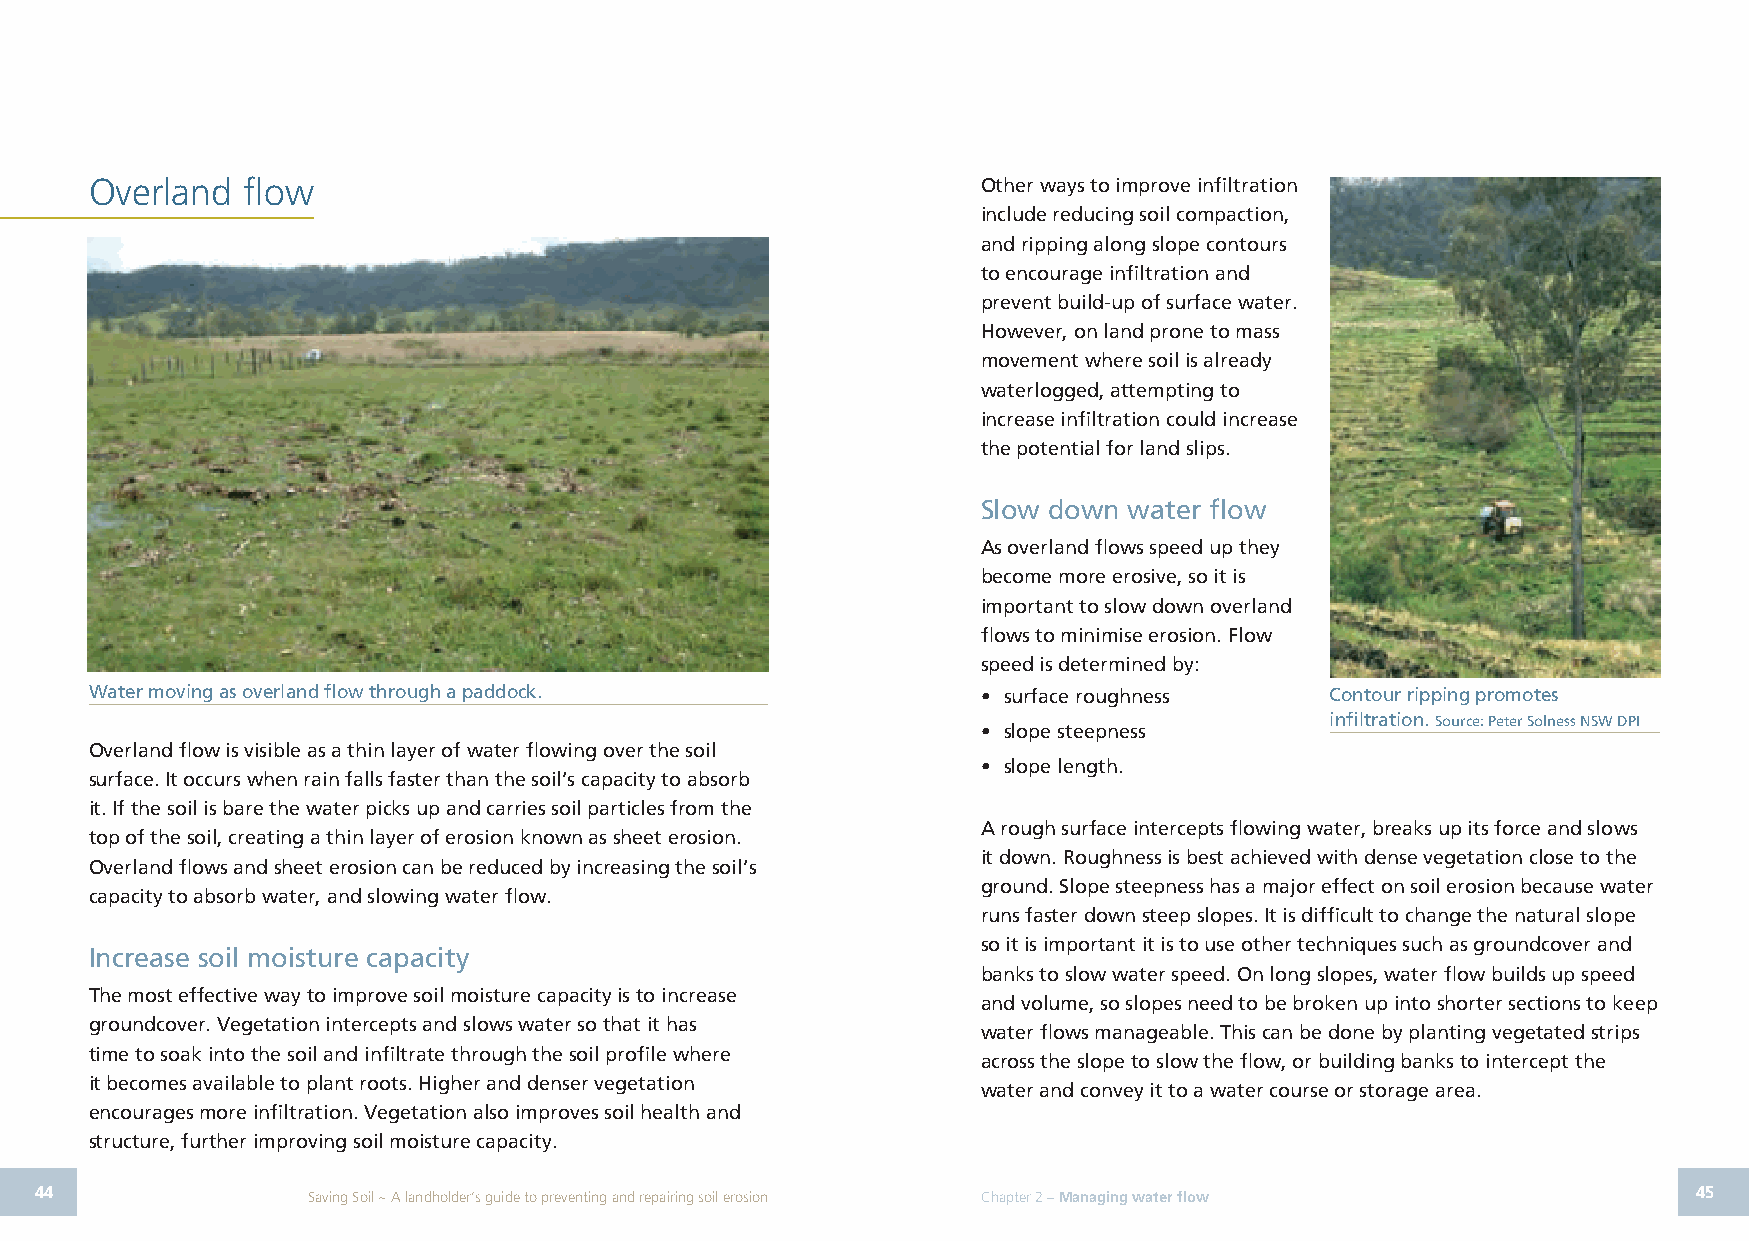
Overland  flow                                             Other ways to improve infiltration
 include reducing soil compaction,
 and ripping along slope contours
 to encourage infiltration and
 prevent build-up of surface water.
 However, on land prone to mass
 movement where soil is already
 waterlogged, attempting to
 increase infiltration could increase
 the potential for land slips.
 Slow down water flow
 As overland flows speed up they
 become more erosive, so it is
 important to slow down overland
 flows to minimise erosion. Flow
 speed is determined by:
 Water moving as overland flow through a paddock.           • surface roughness    Contour ripping promotes
 infiltration. Source: Peter Solness NSW DPI
 • slope steepness
 Overland flow is visible as a thin layer of water flowing over the soil
 • slope length.
 surface. It occurs when rain falls faster than the soil’s capacity to absorb
 it. If the soil is bare the water picks up and carries soil particles from the
 A rough surface intercepts flowing water, breaks up its force and slows
 top of the soil, creating a thin layer of erosion known as sheet erosion.
 it down. Roughness is best achieved with dense vegetation close to the
 Overland flows and sheet erosion can be reduced by increasing the soil’s
 ground. Slope steepness has a major effect on soil erosion because water
 capacity to absorb water, and slowing water flow.
 runs faster down steep slopes. It is difficult to change the natural slope
 so it is important it is to use other techniques such as groundcover and
 Increase soil moisture capacity
 banks to slow water speed. On long slopes, water flow builds up speed
 The most effective way to improve soil moisture capacity is to increase
 and volume, so slopes need to be broken up into shorter sections to keep
 groundcover. Vegetation intercepts and slows water so that it has
 water flows manageable. This can be done by planting vegetated strips
 time to soak into the soil and infiltrate through the soil profile where
 across the slope to slow the flow, or building banks to intercept the
 it becomes available to plant roots. Higher and denser vegetation
 water and convey it to a water course or storage area.
 encourages more infiltration. Vegetation also improves soil health and
 structure, further improving soil moisture capacity.
 44                Saving Soil ~ A landholder’s guide to preventing and repairing soil erosion Chapter 2 – Managing water flow 45